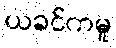
ယခင်ကမူ